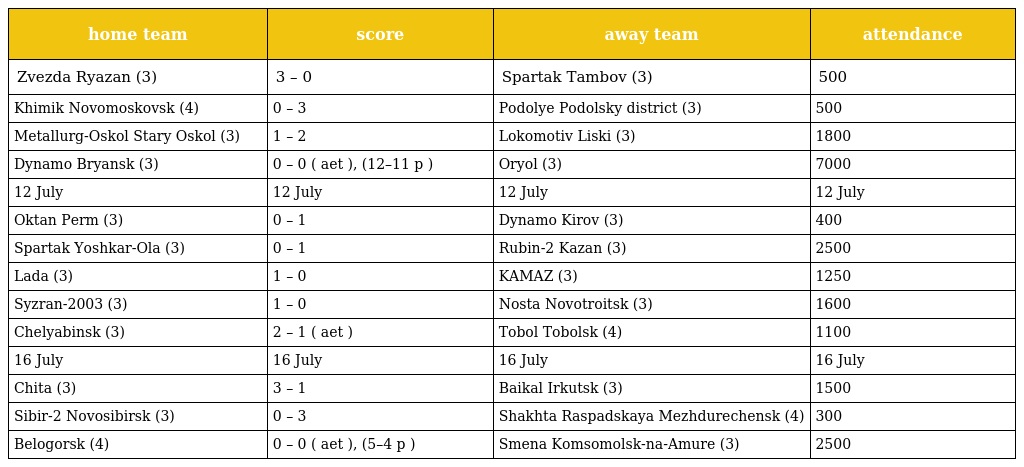
| home team | score | away team | attendance |
 | --- | --- | --- | --- |
 | Zvezda Ryazan (3) | 3 – 0 | Spartak Tambov (3) | 500 |
 | Khimik Novomoskovsk (4) | 0 – 3 | Podolye Podolsky district (3) | 500 |
 | Metallurg-Oskol Stary Oskol (3) | 1 – 2 | Lokomotiv Liski (3) | 1800 |
 | Dynamo Bryansk (3) | 0 – 0 ( aet ), (12–11 p ) | Oryol (3) | 7000 |
 | 12 July | 12 July | 12 July | 12 July |
 | Oktan Perm (3) | 0 – 1 | Dynamo Kirov (3) | 400 |
 | Spartak Yoshkar-Ola (3) | 0 – 1 | Rubin-2 Kazan (3) | 2500 |
 | Lada (3) | 1 – 0 | KAMAZ (3) | 1250 |
 | Syzran-2003 (3) | 1 – 0 | Nosta Novotroitsk (3) | 1600 |
 | Chelyabinsk (3) | 2 – 1 ( aet ) | Tobol Tobolsk (4) | 1100 |
 | 16 July | 16 July | 16 July | 16 July |
 | Chita (3) | 3 – 1 | Baikal Irkutsk (3) | 1500 |
 | Sibir-2 Novosibirsk (3) | 0 – 3 | Shakhta Raspadskaya Mezhdurechensk (4) | 300 |
 | Belogorsk (4) | 0 – 0 ( aet ), (5–4 p ) | Smena Komsomolsk-na-Amure (3) | 2500 |